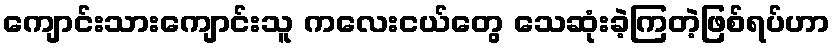
ကျောင်းသားကျောင်းသူ ကလေးငယ်တွေ သေဆုံးခဲ့ကြတဲ့ဖြစ်ရပ်ဟာ